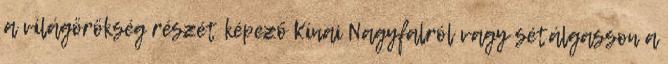
a világörökség részét képező Kínai Nagyfalról vagy sétálgasson a